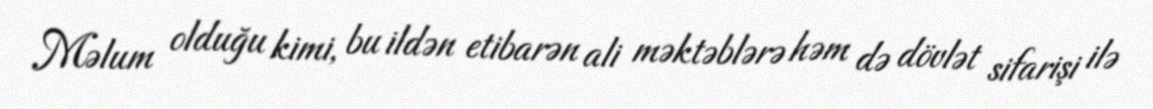
Məlum olduğu kimi, bu ildən etibarən ali məktəblərə həm də dövlət sifarişi ilə